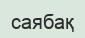
саябақ